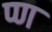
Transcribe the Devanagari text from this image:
प्ण